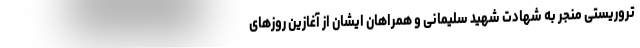
تروریستی منجر به شهادت شهید سلیمانی و همراهان ایشان از آغازین روزهای